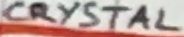
Text: CRYSTAL